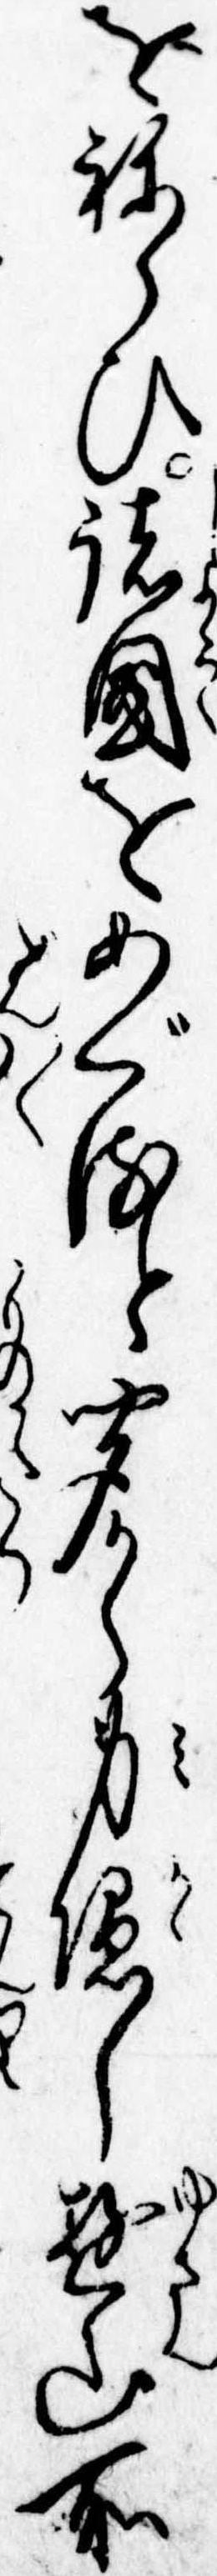
をねらひ諸国をめぐると聞から身隠し遊山所